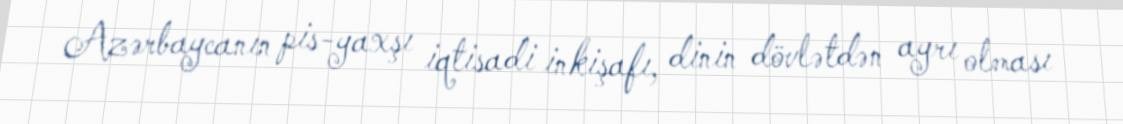
Azərbaycanın pis-yaxşı iqtisadi inkişafı, dinin dövlətdən ayrı olması